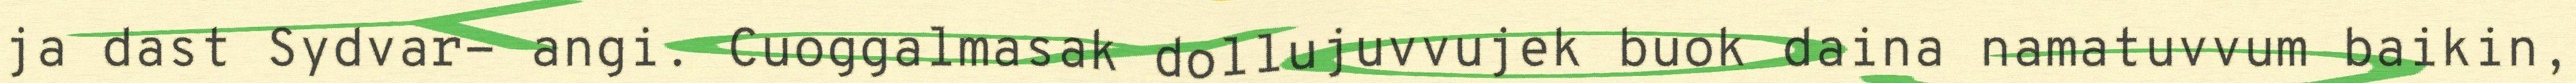
ja dast Sydvar- angi. Cuoggalmasak dollujuvvujek buok daina namatuvvum baikin,